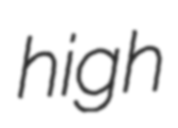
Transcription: high